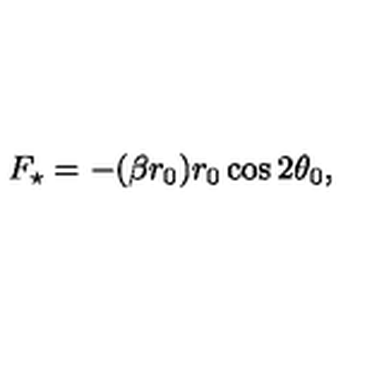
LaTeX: F _ { \star } = - ( \beta r _ { 0 } ) r _ { 0 } \cos 2 \theta _ { 0 } ,